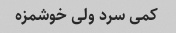
کمی سرد ولی خوشمزه